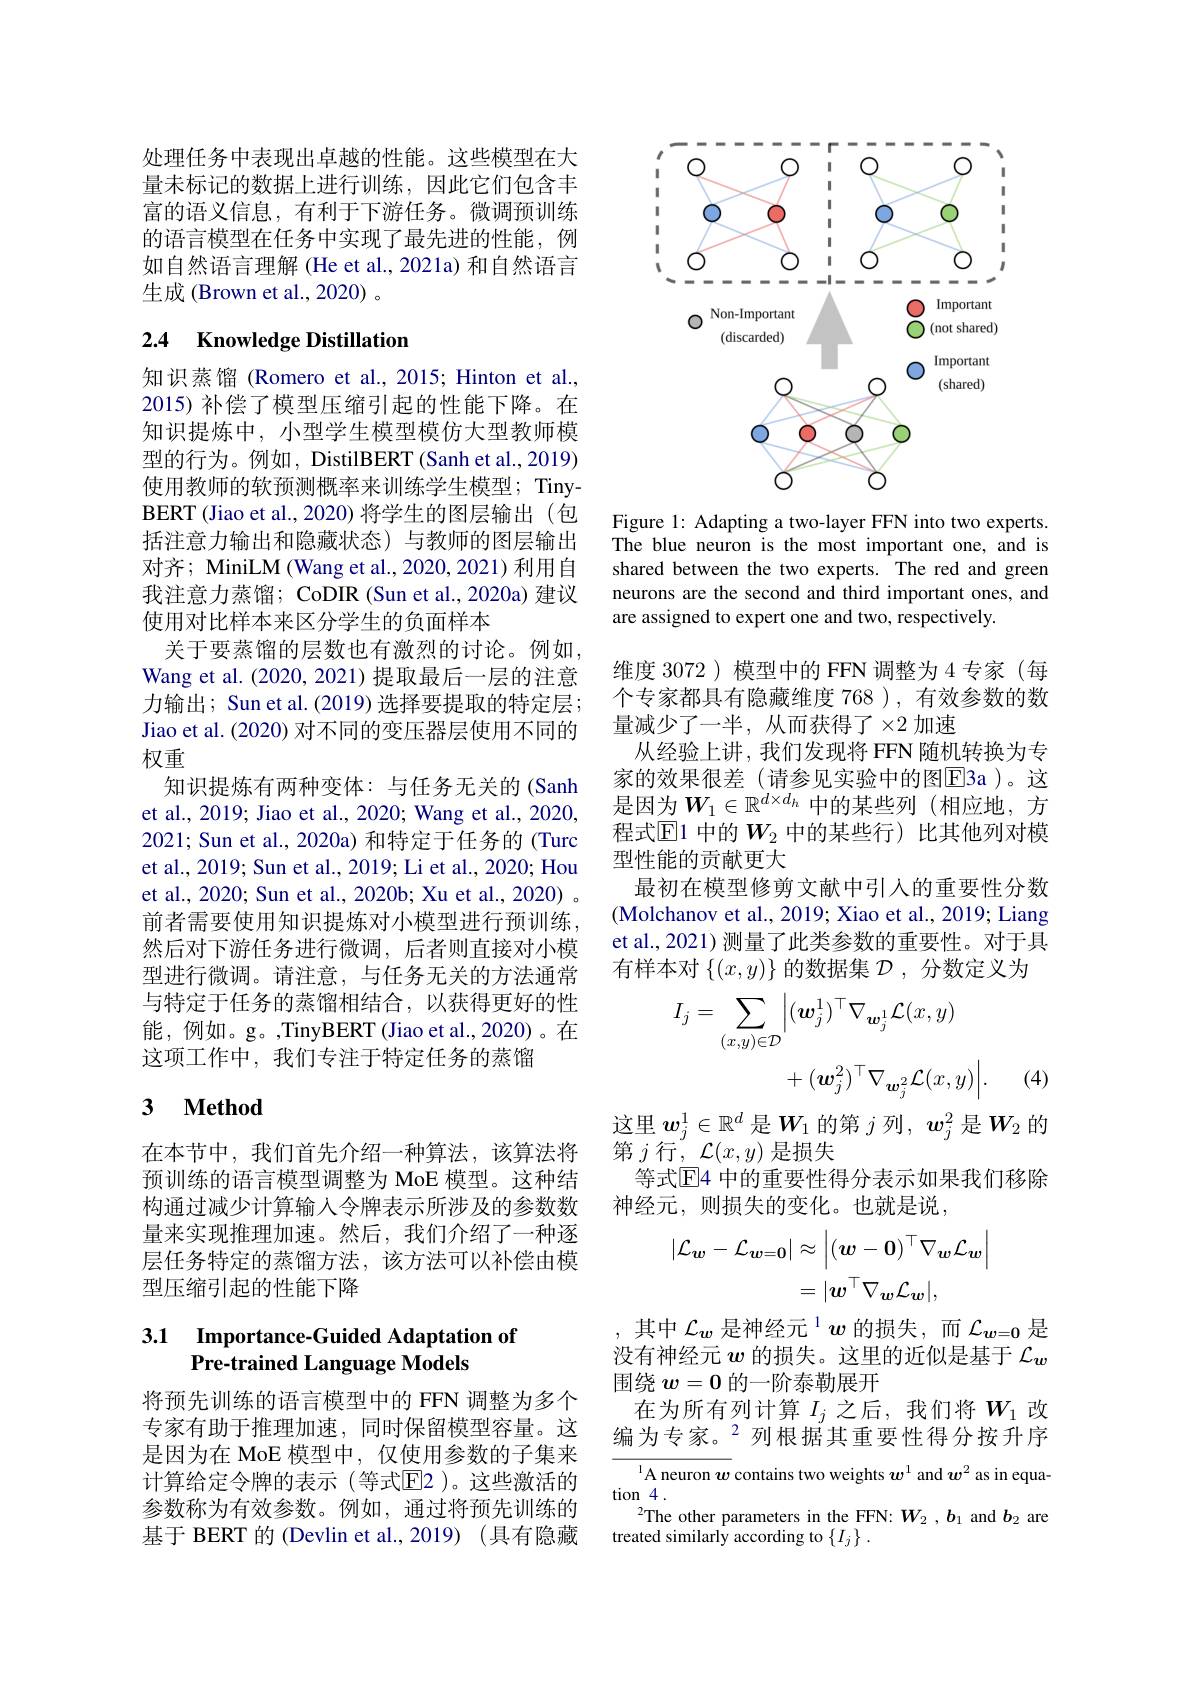
处理任务中表现出卓越的性能。这些模型在大量未标记的数据上进行训练，因此它们包含丰富的语义信息，有利于下游任务。微调预训练的语言模型在任务中实现了最先进的性能，例如自然语言理解 (He et al., 2021a) 和自然语言生成 (Brown et al., 2020) 。

## 2.4 Knowledge Distillation

知识蒸馏 (Romero et al., 2015; Hinton et al., 2015) 补偿了模型压缩引起的性能下降。在知识提炼中，小型学生模型模仿大型教师模型的行为。例如，DistilBERT(Sanh et al., 2019) 使用教师的软预测概率来训练学生模型；TinyBERT (Jiao et al., 2020) 将学生的图层输出 (包括注意力输出和隐藏状态)与教师的图层输出对齐；MiniLM (Wang et al., 2020, 2021) 利用自我注意力蒸馏；CoDIR (Sun et al., 2020a) 建议使用对比样本来区分学生的负面样本
关于要蒸馏的层数也有激烈的讨论。例如， Wang et al.(2020,2021)提取最后一层的注意力输出；Sun et al.(2019) 选择要提取的特定层； Jiao et al. (2020) 对不同的变压器层使用不同的权重
知识提炼有两种变体：与任务无关的(Sanh et al., 2019; Jiao et al., 2020; Wang et al., 2020, 2021; Sun et al., 2020a) 和特定于任务的 (Turc et al., 2019; Sun et al., 2019; Li et al., 2020; Hou et al., 2020; Sun et al., 2020b; Xu et al., 2020) 。前者需要使用知识提炼对小模型进行预训练， 然后对下游任务进行微调，后者则直接对小模型进行微调。请注意，与任务无关的方法通常与特定于任务的蒸馏相结合，以获得更好的性能，例如。g。,TinyBERT(Jiao et al.,2020)。在这项工作中，我们专注于特定任务的蒸馏

## 3 $\textbf{Method}$

在本节中，我们首先介绍一种算法，该算法将预训练的语言模型调整为 MoE 模型。这种结构通过减少计算输入令牌表示所涉及的参数数量来实现推理加速。然后，我们介绍了一种逐层任务特定的蒸馏方法，该方法可以补偿由模型压缩引起的性能下降

## 3.1 Importance-Guided Adaptation of Pre-trained Language Models

将预先训练的语言模型中的 FFN 调整为多个专家有助于推理加速，同时保留模型容量。这是因为在 MoE 模型中，仅使用参数的子集来计算给定令牌的表示(等式$\mathbb{E}$2)。这些激活的参数称为有效参数。例如，通过将预先训练的基于 BERT 的 (Devlin et al.,2019) (具有隐藏

<FigureHere>

Figure 1: Adapting a two-layer FFN into two experts. The blue neuron is the most important one, and is shared between the two experts. The red and green neurons are the second and third important ones, and are assigned to expert one and two, respectively.

维度 3072 )模型中的 FFN 调整为 4 专家 (每个专家都具有隐藏维度 768 ), 有效参数的数量减少了一半，从而获得了$\times2$加速
从经验上讲，我们发现将 FFN 随机转换为专家的效果很差(请参见实验中的图E3a)。这是因为$W_1\in\mathbb{R}^{d\times d_h}$ 中的某些列(相应地，方程式$\mathbb{E}$1 中的$W_2$ 中的某些行)比其他列对模型性能的贡献更大
最初在模型修剪文献中引入的重要性分数(Molchanov et al., 2019; Xiao et al., 2019; Liang et al., 2021) 测量了此类参数的重要性。对于具有样本对$\{(x,y)\}$的数据集$\mathcal{D}$ ,分数定义为
$$\begin{aligned}I_{j}&=\sum_{(x,y)\in\mathcal{D}}\Big|(\boldsymbol{w}_{j}^{1})^{\top}\nabla_{\boldsymbol{w}_{j}^{1}}\mathcal{L}(x,y)\\&+(\boldsymbol{w}_{j}^{2})^{\top}\nabla_{\boldsymbol{w}_{j}^{2}}\mathcal{L}(x,y)\Big|.\end{aligned}$$
(4)

这里$\boldsymbol{w}_j^1\in\mathbb{R}^d$是$\boldsymbol{W}_1$的第$j$列，$\boldsymbol{w}_j^2$是$\boldsymbol{W}_2$的
第$j$行$,\mathcal{L}(x,y)$是损失
等式$\mathbb{E}$4 中的重要性得分表示如果我们移除
神经元，则损失的变化。也就是说，
$$\begin{aligned}|\mathcal{L}_{\boldsymbol{w}}-\mathcal{L}_{\boldsymbol{w}=\boldsymbol{0}}|&\approx\left|(\boldsymbol{w}-\boldsymbol{0})^\top\nabla_\boldsymbol{w}\mathcal{L}_\boldsymbol{w}\right|\\&=|\boldsymbol{w}^\top\nabla_\boldsymbol{w}\mathcal{L}_\boldsymbol{w}|,\end{aligned}$$
其中$\mathcal{L}_w\text{ 是神经元 }^1\boldsymbol{w}$的损失，而$\mathcal{L}_{w=0}$是没有神经元$w$的损失。这里的近似是基于$\mathcal{L}_w$ 围绕$w=0$的一阶泰勒展开
在为所有列计算$I_j$之后，我们将$W_1$改编为专家。$^{2}$列根据其重要性得分按升序
$^{1}$A neuron $w$ contains two weights $w^1$ and $w^2$ as in equa-
tion 4 .
$^2$The other parameters in the FFN: $W_{2}$ ,b$_1$ and $b_2$ are
treated similarly according to $\{I_j\}.$